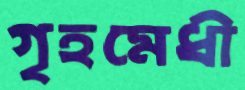
গৃহমেধী